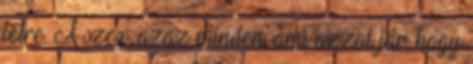
létre. A szex, azaz minden, ami azzal jár, hogy